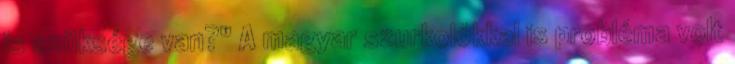
is szüksége van?" A magyar szurkolókkal is probléma volt